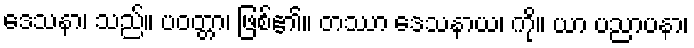
ဒေသနာ၊ သည်။ ပဝတ္တာ၊ ဖြစ်၏။ တဿာ ဒေသနာယ၊ ကို။ ယာ ပညာပနာ၊